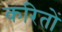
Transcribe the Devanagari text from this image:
करितों